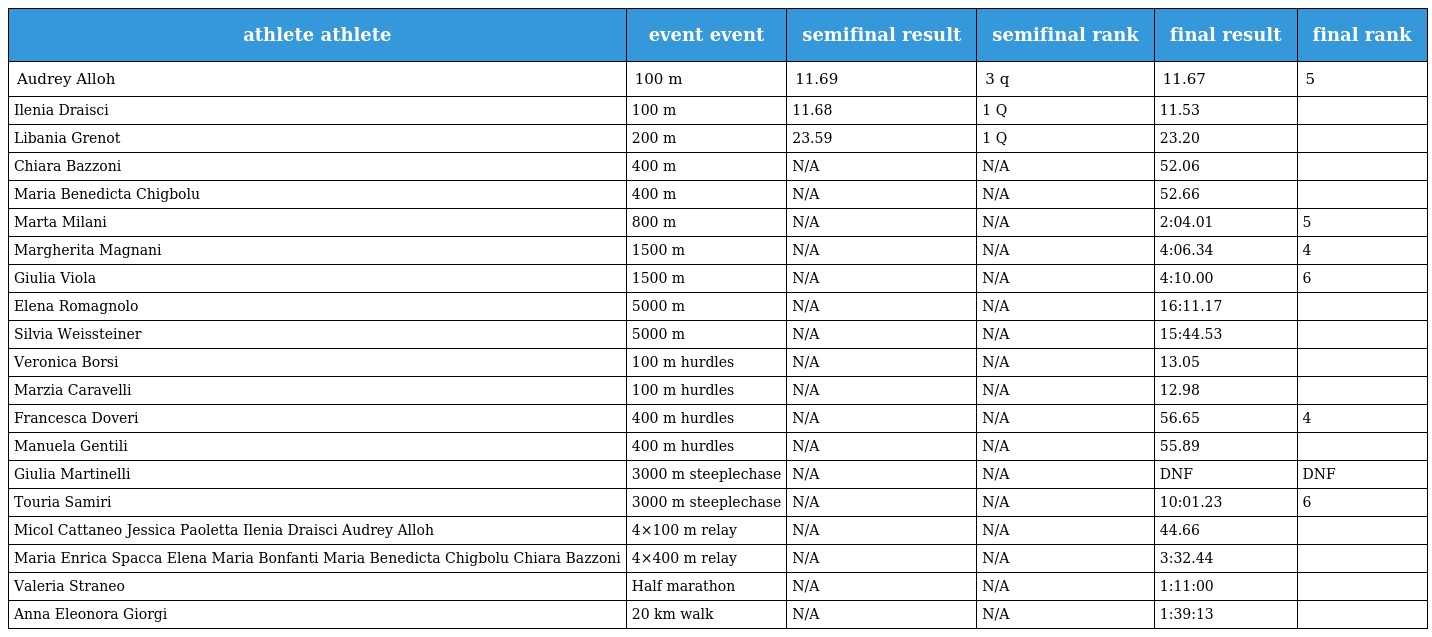
| athlete athlete | event event | semifinal result | semifinal rank | final result | final rank |
 | --- | --- | --- | --- | --- | --- |
 | Audrey Alloh | 100 m | 11.69 | 3 q | 11.67 | 5 |
 | Ilenia Draisci | 100 m | 11.68 | 1 Q | 11.53 |  |
 | Libania Grenot | 200 m | 23.59 | 1 Q | 23.20 |  |
 | Chiara Bazzoni | 400 m | N/A | N/A | 52.06 |  |
 | Maria Benedicta Chigbolu | 400 m | N/A | N/A | 52.66 |  |
 | Marta Milani | 800 m | N/A | N/A | 2:04.01 | 5 |
 | Margherita Magnani | 1500 m | N/A | N/A | 4:06.34 | 4 |
 | Giulia Viola | 1500 m | N/A | N/A | 4:10.00 | 6 |
 | Elena Romagnolo | 5000 m | N/A | N/A | 16:11.17 |  |
 | Silvia Weissteiner | 5000 m | N/A | N/A | 15:44.53 |  |
 | Veronica Borsi | 100 m hurdles | N/A | N/A | 13.05 |  |
 | Marzia Caravelli | 100 m hurdles | N/A | N/A | 12.98 |  |
 | Francesca Doveri | 400 m hurdles | N/A | N/A | 56.65 | 4 |
 | Manuela Gentili | 400 m hurdles | N/A | N/A | 55.89 |  |
 | Giulia Martinelli | 3000 m steeplechase | N/A | N/A | DNF | DNF |
 | Touria Samiri | 3000 m steeplechase | N/A | N/A | 10:01.23 | 6 |
 | Micol Cattaneo Jessica Paoletta Ilenia Draisci Audrey Alloh | 4×100 m relay | N/A | N/A | 44.66 |  |
 | Maria Enrica Spacca Elena Maria Bonfanti Maria Benedicta Chigbolu Chiara Bazzoni | 4×400 m relay | N/A | N/A | 3:32.44 |  |
 | Valeria Straneo | Half marathon | N/A | N/A | 1:11:00 |  |
 | Anna Eleonora Giorgi | 20 km walk | N/A | N/A | 1:39:13 |  |